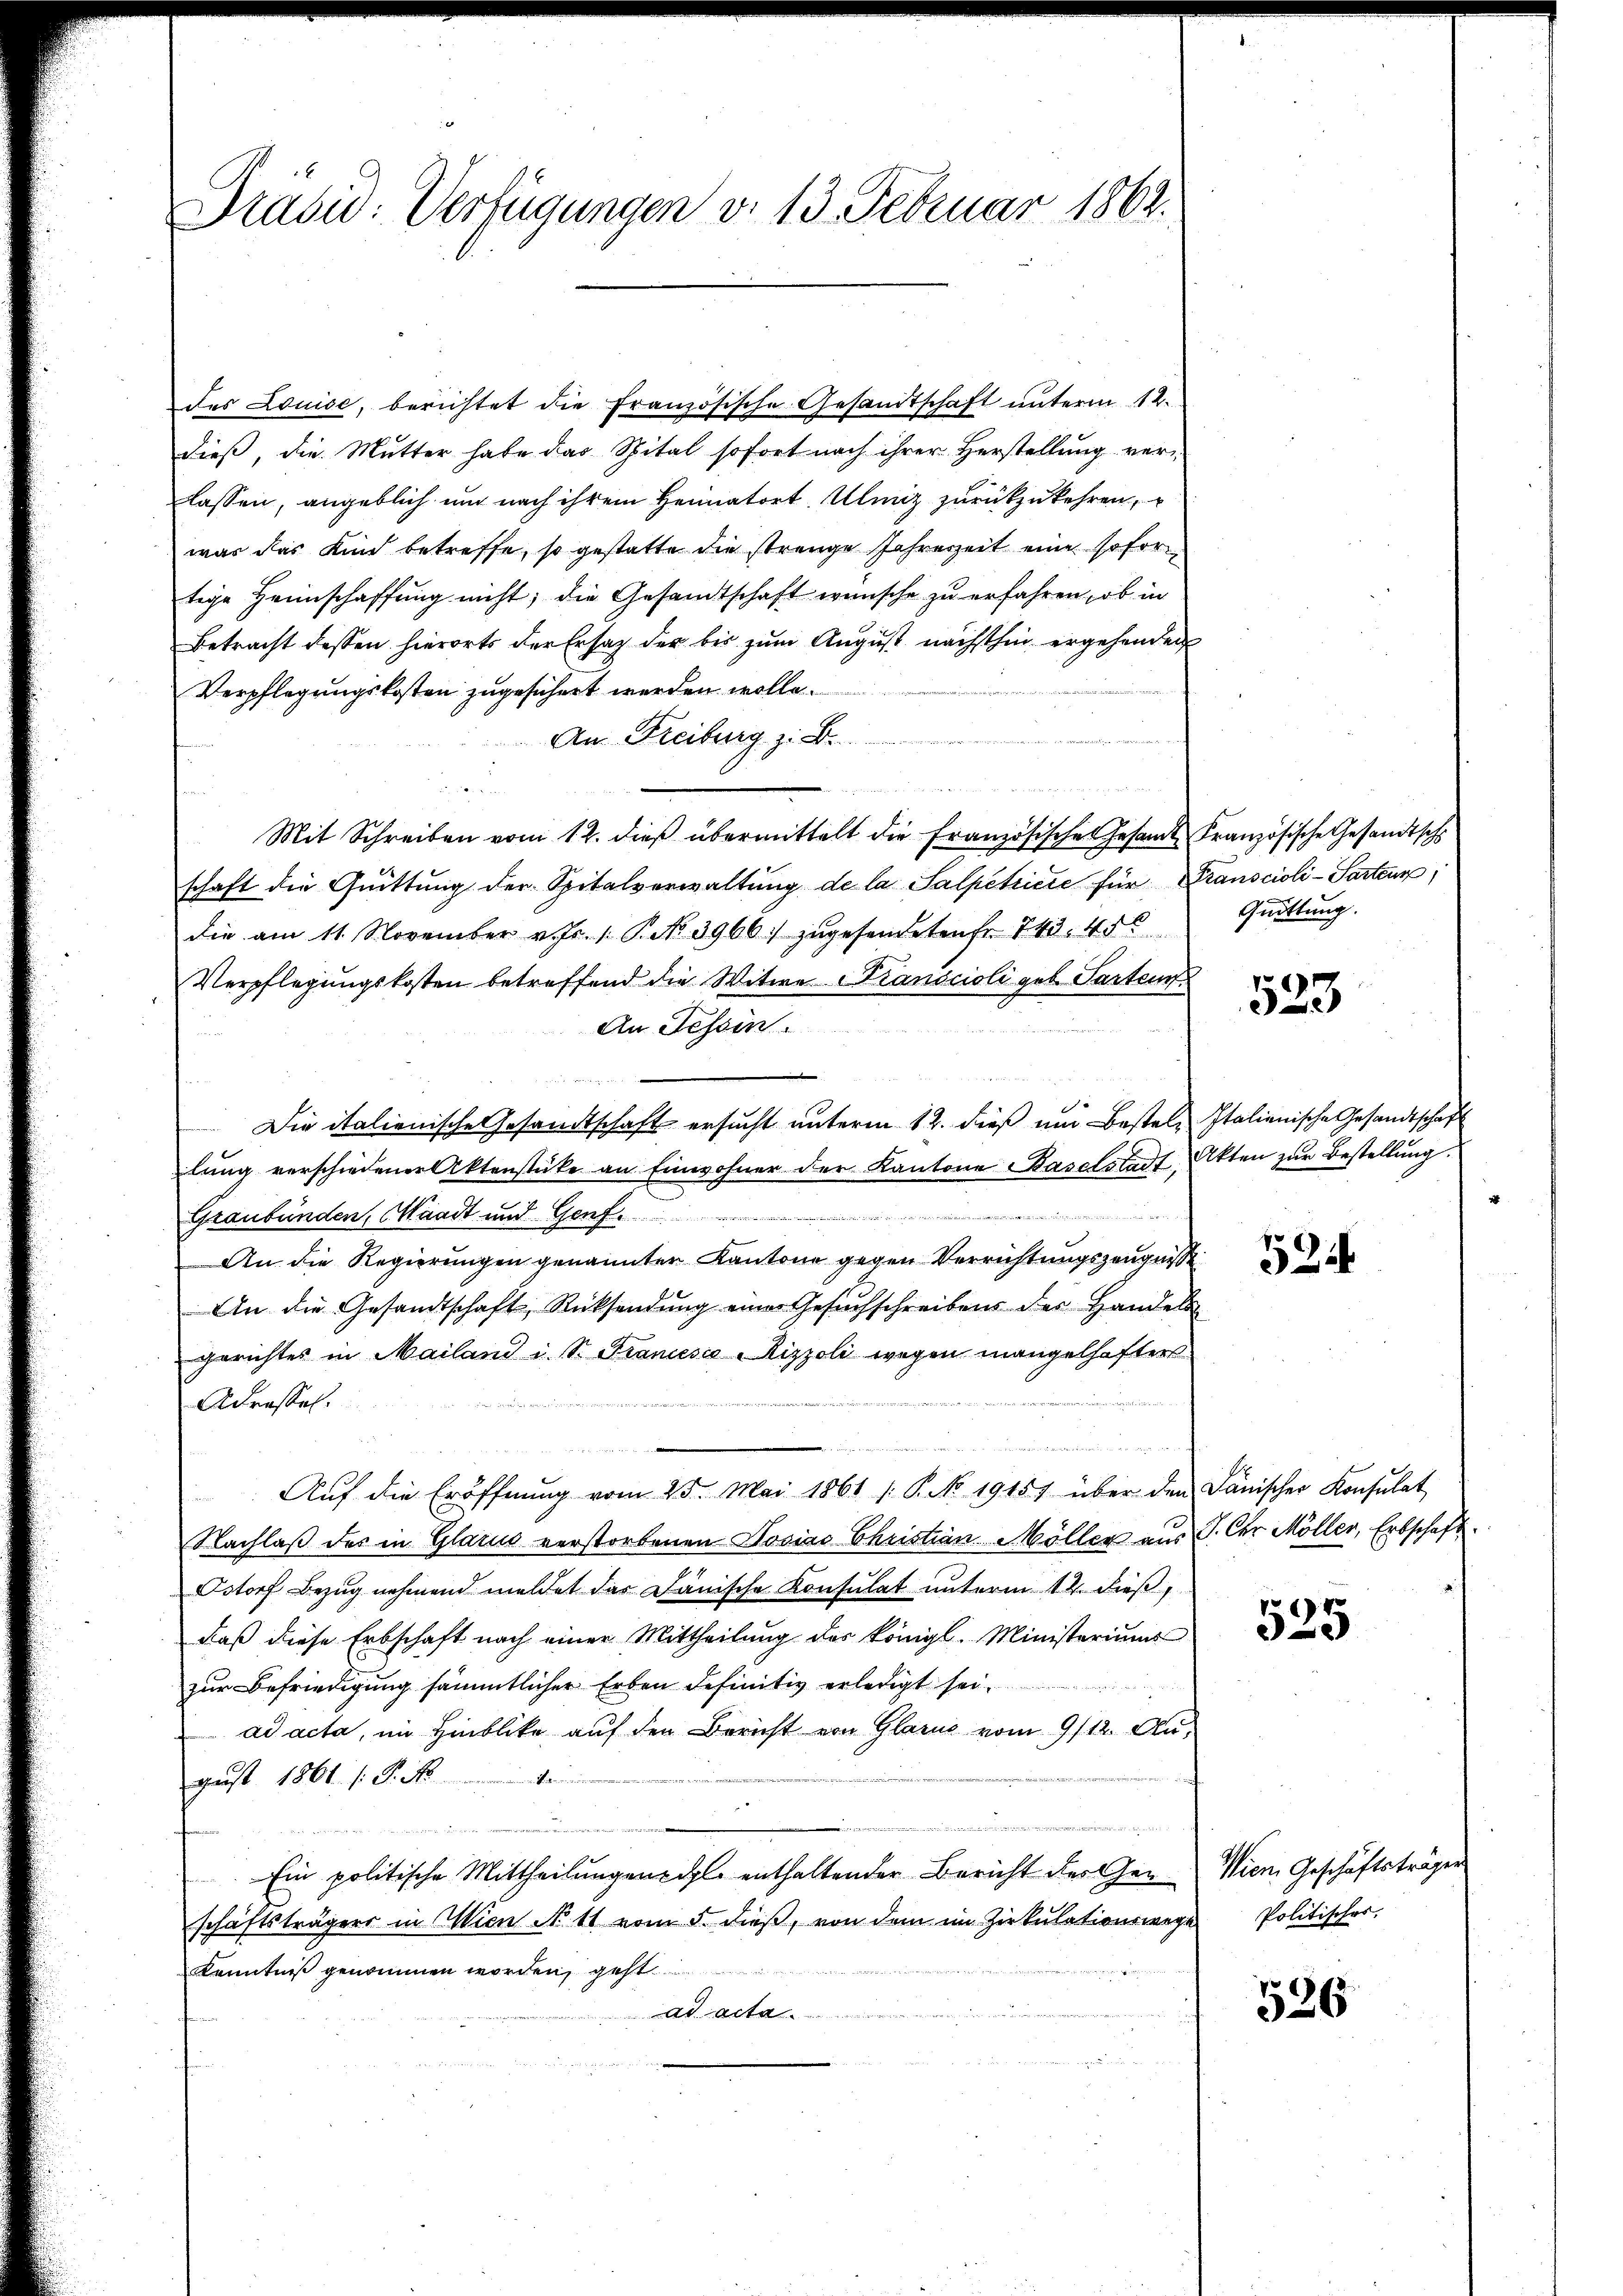
des Louise, berichtet die Französische Gesandtschaft unterm 12.
dieß, die Mutter habe das Spital sofort nach ihrer Herstellung ver-
lassen, angeblich und nach ihrem Heimatort Ulmiz zurückzukehren,
was das Kind betreffe, so gestatte die strenge Jahreszeit eine sofor
tige Heimschaffung nicht; die Gesandtschaft wünsche zu erfahren, ob in
Betracht dessen hierorts der Ersatz der bis zum August nächsthin ergehenden
Verpflegungskosten zugesichert werden wolle.
An Freiburg z. B.
S 44
n
.
Mit Schreiben vom 12. dieß übermittelt die Französische Gesandt
schaft die Quittung der Spitalverwaltung de la Salpetricte für Transcioli-Sarteur,
die am 11. November v. Js. 1. P. Nr. 3966) zŭgesendeten Fr. 743. 45
Verpflegungskosten betreffend die Witwe Kranscioli geb. Parten.
An Tessin
Die italienische Gesandtschaft ersucht unterm 12. dieß um Bestel- Italienische Gesandtschaft
lung verschiedener Aktenstüke an Einwohner der Kantone Baselstadt Akten zur Bestellung.
 ds
e
Graubünden, Waadt und Genf.
An die Regierungen genannten Kantone gegen Verrichtungszeugnisse
An die Gesandtschaft, Rücksendung eines Gesuchschreibens der Handels
gerichtes in Mailand i. Sr. Francsé-Rizzoli wegen mangelhafter
e
Adressel.
Aŭf die Eröffnŭng vom 25. Mai 1861 s. P. No. 19157 über den Dänischer Konsulat
Nachlaβ des in Glarus verstorbenen Dosias Christian Möller aus P. Cer Möller, Erbschaft.
Ostorf Bezug nehmend meldet das Janische Konsulat unterm 12. dieβ,
daß diese Erbschaft nach einer Mittheilung des Königl. Ministeriums
zur Befriedigung sämmtlicher Erben definitiv erledigt sei.
ad acta, im Hinblicke auf den Bericht von Glarus vom 9/12. Aun v. Platerin der
gust 1861 s. S. N
eien eine anderen werden
e
Ein politische Mittheilungenzahl enthaltender Bericht des Geschäftsträgers in Wien No 11 vom 5. dieß, von dem im Zirkulationswege Politischer,
Kenntniß genommen worden, geht
ad acte.

Prasid: Verfügungen d. 13. Februar 1862.

Französische Gesandtsche
Quittung.

523

524

525

Wien Geschäftsträgen

526